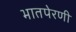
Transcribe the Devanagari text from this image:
भातपेरणी